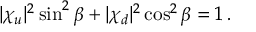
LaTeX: | \chi _ { u } | ^ { 2 } \sin ^ { 2 } \beta + | \chi _ { d } | ^ { 2 } \cos ^ { 2 } \beta = 1 \, .